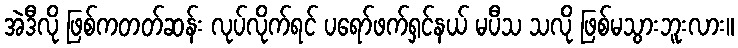
အဲဒီလို ဖြစ်ကတတ်ဆန်း လုပ်လိုက်ရင် ပရော်ဖက်ရှင်နယ် မပီသ သလို ဖြစ်မသွားဘူးလား။